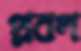
প্লবগ